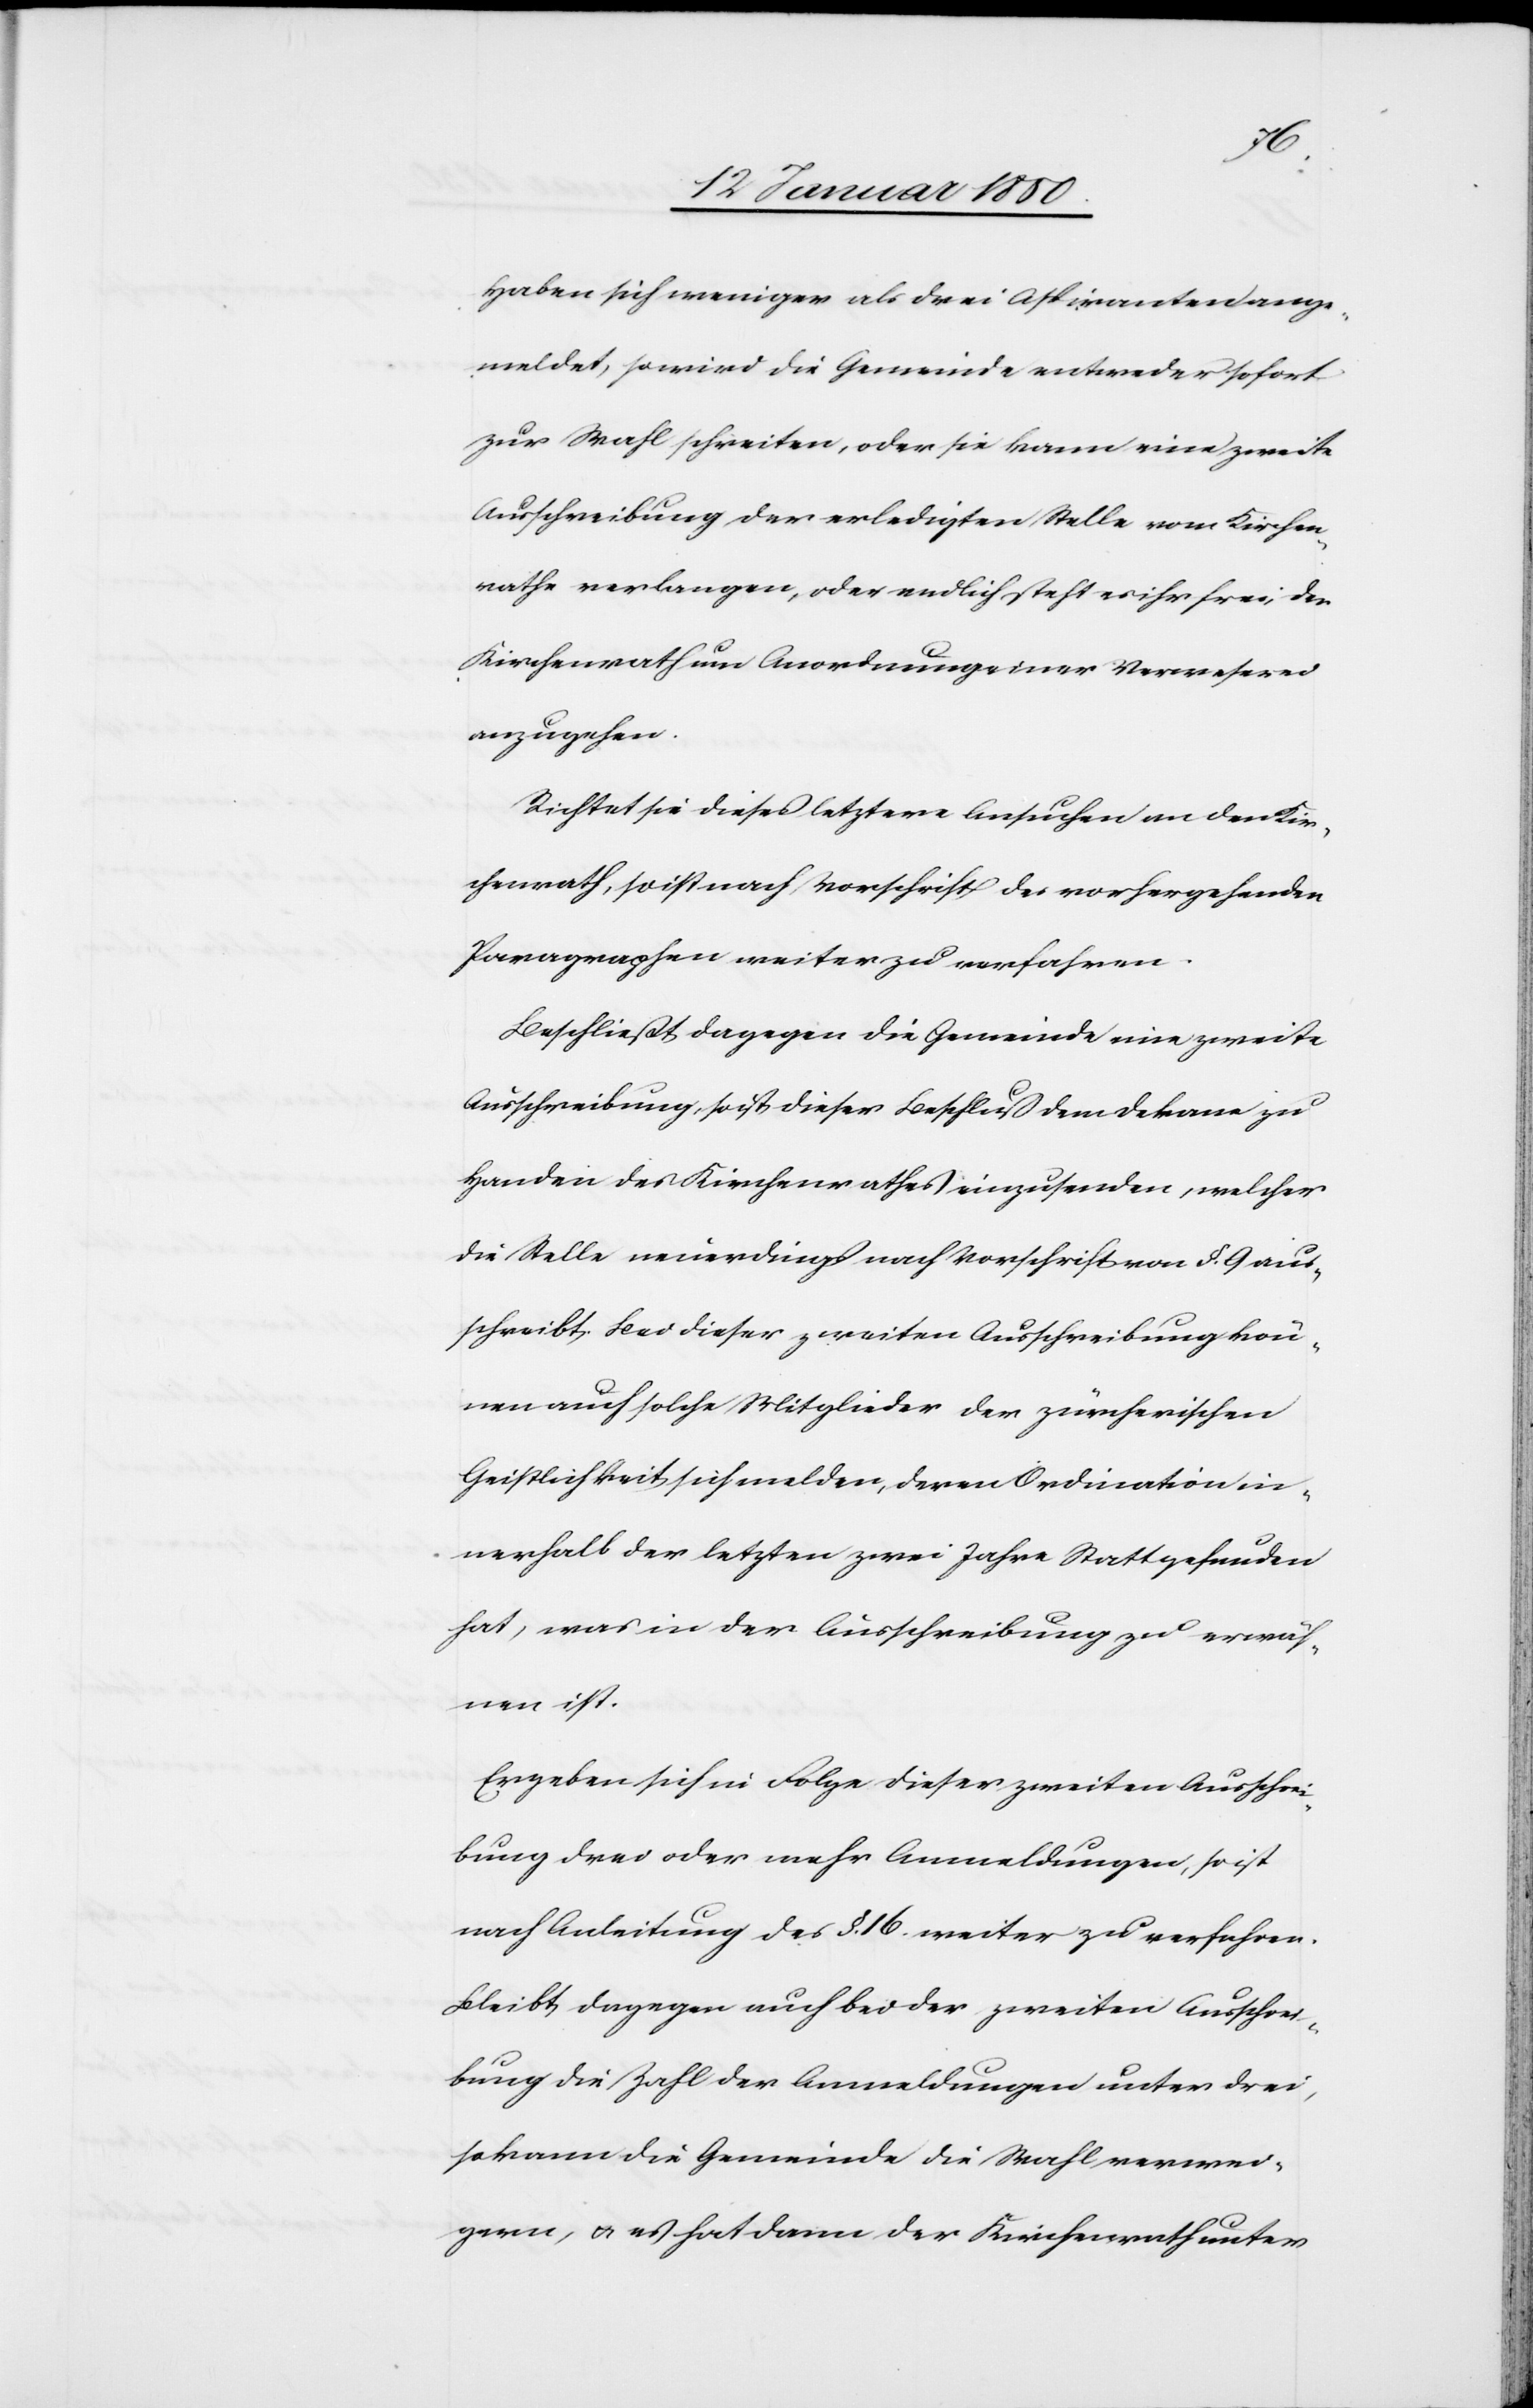
Haben sich weniger als drei Aspiranten ange¬
meldet, so wird die Gemeinde entweder sofort
zur Wahl schreiten, oder sie kann eine zweite
Ausschreibung der erledigten Stelle vom Kirchen¬
rathe verlangen, oder endlich steht es ihr frei, den
Kirchenrath um Anordnung einer Verweserei
anzugehen.
Richtet sie dieses letztere Ansuchen an den Kir¬
chenrath, so ist nach Vorschrift des vorhergehenden
Paragraphen weiter zu verfahren.
Beschließt dagegen die Gemeinde eine zweite
Ausschreibung, so ist dieser Beschluß dem Dekane zu
Handen des Kirchenrathes einzusenden, welcher
die Stelle neuerdings nach Vorschrift von §. 9 aus¬
schreibt; bei dieser zweiten Ausschreibung kön¬
nen auch solche Mitglieder der zürcherischen
Geistlichkeit sich melden, deren Ordination in¬
nerhalb der letzten zwei Jahre Statt gefunden
hat, was in der Ausschreibung zu erwäh¬
nen ist.
Ergeben sich in Folge dieser zweiten Ausschrei¬
bung drei oder mehr Anmeldungen, so ist
nach Anleitung des §. 16. weiter zu verfahren.
Bleibt dagegen auch bei der zweiten Ausschrei¬
bung die Zahl der Anmeldungen unter drei,
so kann die Gemeinde die Wahl verwei¬
gern, u. es hat dann der Kirchenrath unter